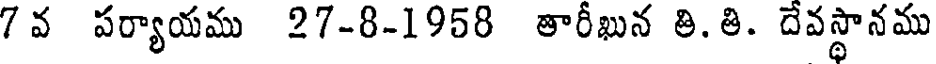
7 వ పర్యాయము 27-8-1958 తారీఖున తి.తి. దేవస్థానము